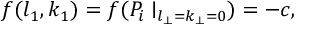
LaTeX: f ( l _ { 1 } , k _ { 1 } ) = f ( P _ { i } \mid _ { l _ { \perp } = k _ { \perp } = 0 } ) = - c ,